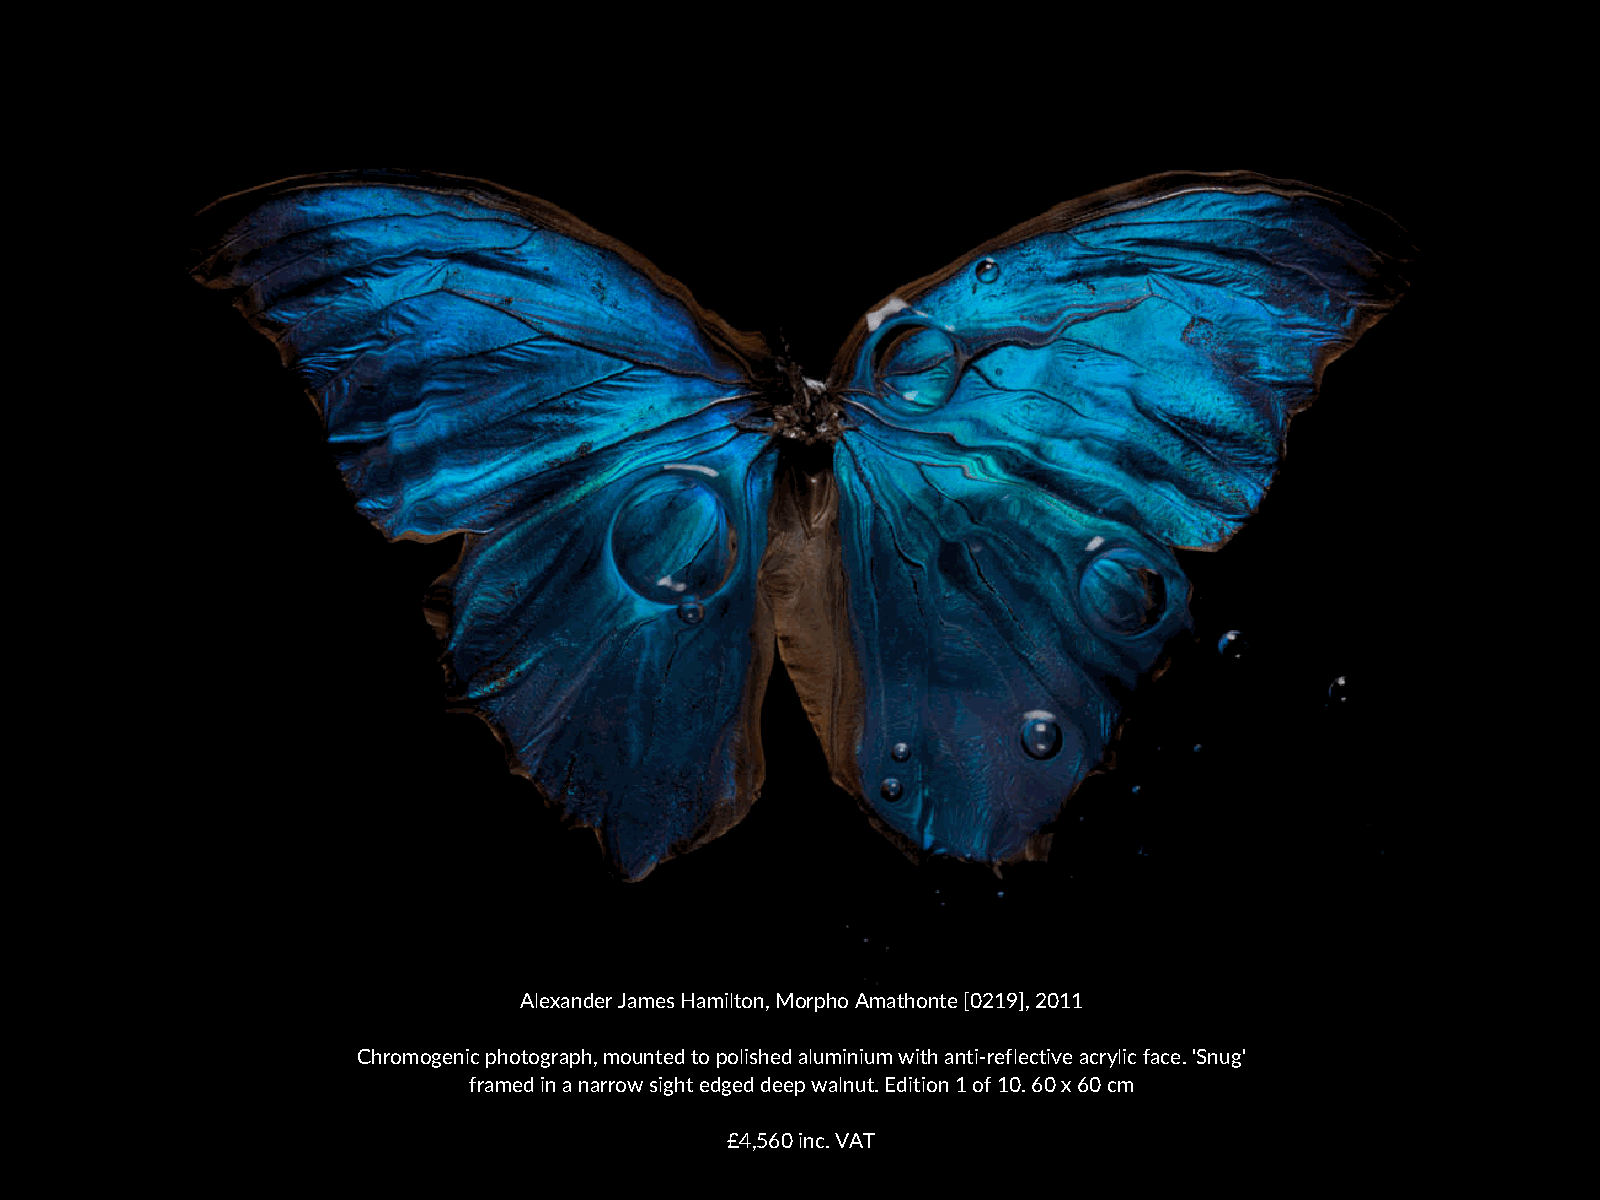
Alexander James Hamilton, Morpho Amathonte [0219], 2011
 Chromogenic photograph, mounted to polished aluminium with anti-reflective acrylic face. 'Snug'
 framed in a narrow sight edged deep walnut. Edition 1 of 10. 60 x 60 cm
 £4,560 inc. VAT